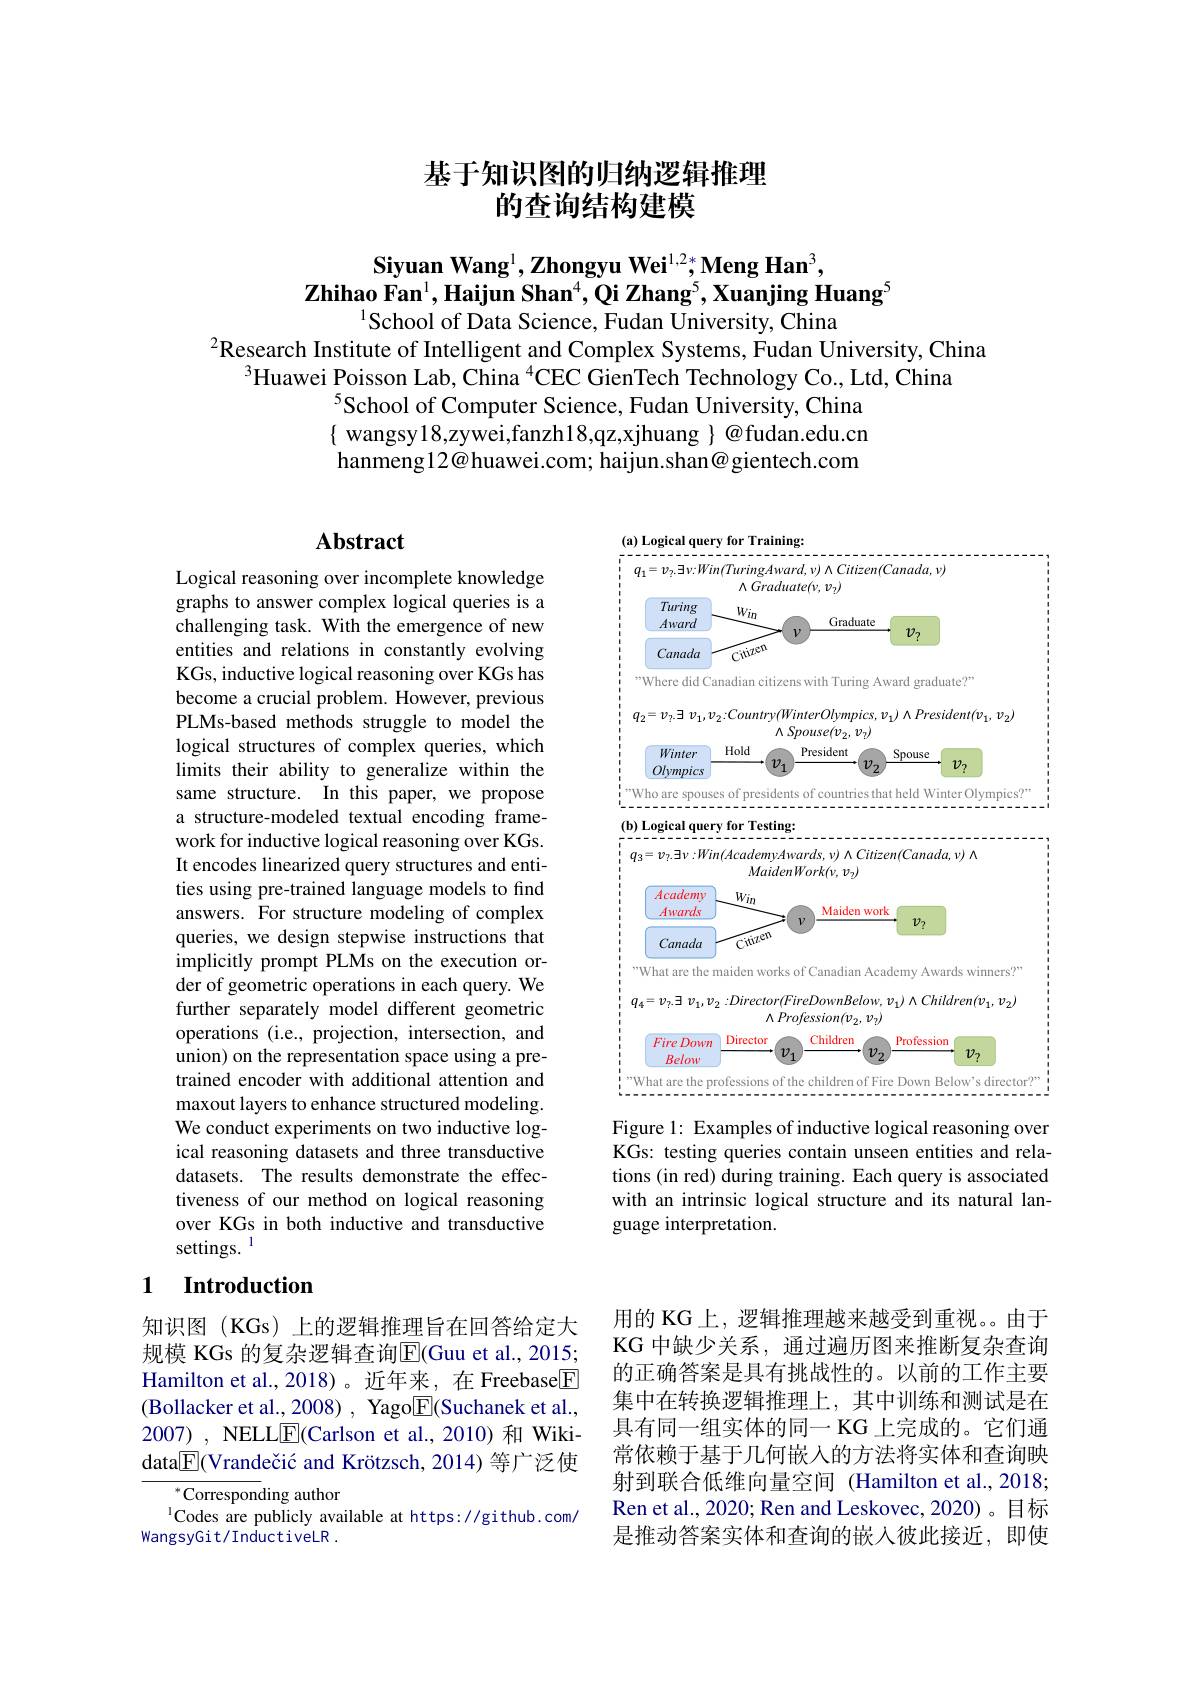
## 基于知识图的归纳逻辑推理的查询结构建模

Siyuan Wang$^1,\textbf{Zhongyu Wei}^{1,2*}$Meng Han$^3$,
$\tilde{\textbf{Zhihao Fan}}^1$,Haijun Shan$^4,\tilde{\text{Qi Zhang}}^5$,Xuanjing Huang$^5$
$^{1}$School of Data Science, Fudan University, China

$^{2}$Research Institute of Intelligent and Complex Systems, Fudan University, China
$^{3}$Huawei Poisson Lab, China $^{4}$CEC GienTech Technology Co., Ltd, China
$^{5}$School of Computer Science, Fudan University, China $\{$ wangsy18,zywei,fanzh18,qz,xjhuang $\}@$fudan.edu.cn hanmeng12@huawei.com; haijun.shan@gientech.com

## Abstract

<FigureHere>
Figure 1: Examples of inductive logical reasoning over

Logical reasoning over incomplete knowledge graphs to answer complex logical queries is a challenging task. With the emergence of new entities and relations in constantly evolving KGs, inductive logical reasoning over KGs has become a crucial problem. However, previous PLMs-based methods struggle to model the logical structures of complex queries, which limits their ability to generalize within the same structure. In this paper, we propose a structure-modeled textual encoding framework for inductive logical reasoning over KGs. It encodes linearized query structures and entities using pre-trained language models to find answers. For structure modeling of complex queries, we design stepwise instructions that implicitly prompt PLMs on the execution order of geometric operations in each query. We further separately model different geometric operations (i.e., projection, intersection, and union) on the representation space using a pretrained encoder with additional attention and maxout layers to enhance structured modeling. We conduct experiments on two inductive logical reasoning datasets and three transductive datasets. The results demonstrate the effectiveness of our method on logical reasoning over KGs in both inductive and transductive settings. 1

KGs: testing queries contain unseen entities and relations (in red) during training. Each query is associated with an intrinsic logical structure and its natural language interpretation.

## 1 $\textbf{Introduction}$

知识图(KGs)上的逻辑推理旨在回答给定大规模 KGs 的复杂逻辑查询$\overline{\mathrm{E}}($Guu et al., 2015; Hamilton et al.,2018)。近年来，在 Freebase$\boxed{\mathrm{F}}$ (Bollacker et al., 2008) , Yago$\boxed{\mathrm{F}}$(Suchanek et al., 2007) , NELL$\boxed{\mathrm{F}}$(Carlson et al.,2010)和 Wikidata$\underline{\mathrm{E}}($Vrandečić and Krötzsch, 2014) 等广泛使

用的 KG 上，逻辑推理越来越受到重视。由于KG 中缺少关系，通过遍历图来推断复杂查询的正确答案是具有挑战性的。以前的工作主要集中在转换逻辑推理上，其中训练和测试是在具有同一组实体的同一 KG 上完成的。它们通常依赖于基于几何嵌人的方法将实体和查询映射到联合低维向量空间 (Hamilton et al., 2018; Ren et al., 2020; Ren and Leskovec, 2020)。目标是推动答案实体和查询的嵌人彼此接近，即使

$^{*}$Corresponding author
$^{1}$Codes are publicly available at https://github.com/
WangsyGit/InductiveLR .